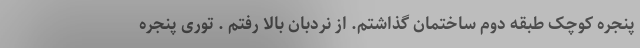
پنجره کوچک طبقه دوم ساختمان گذاشتم. از نردبان بالا رفتم . توری پنجره